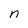
Character: n